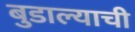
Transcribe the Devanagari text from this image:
बुडाल्याची